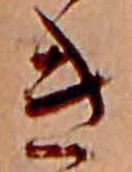
き